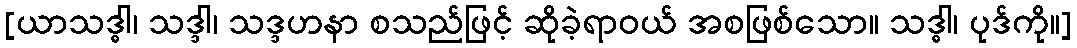
[ယာသဒ္ဓါ၊ သဒ္ဒါ၊ သဒ္ဒဟနာ စသည်ဖြင့် ဆိုခဲ့ရာဝယ် အစဖြစ်သော။ သဒ္ဓါ၊ ပုဒ်ကို။]